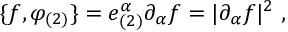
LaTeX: \{ f , \varphi _ { ( 2 ) } \} = e _ { ( 2 ) } ^ { \alpha } \partial _ { \alpha } f = | \partial _ { \alpha } f | ^ { 2 } \; ,